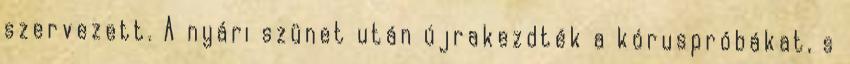
szervezett. A nyári szünet után újrakezdték a kóruspróbákat, s